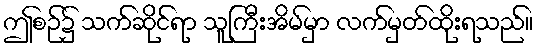
ဤစဉ်၌ သက်ဆိုင်ရာ သူကြီးအိမ်မှာ လက်မှတ်ထိုးရသည်။